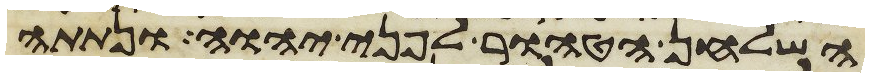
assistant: השלחן הטהור לפני יהוה ונתתה